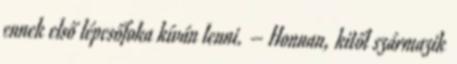
ennek első lépcsőfoka kíván lenni. – Honnan, kitől származik